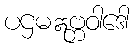
ပဌမဣဗ္ဘဝါဒေါ